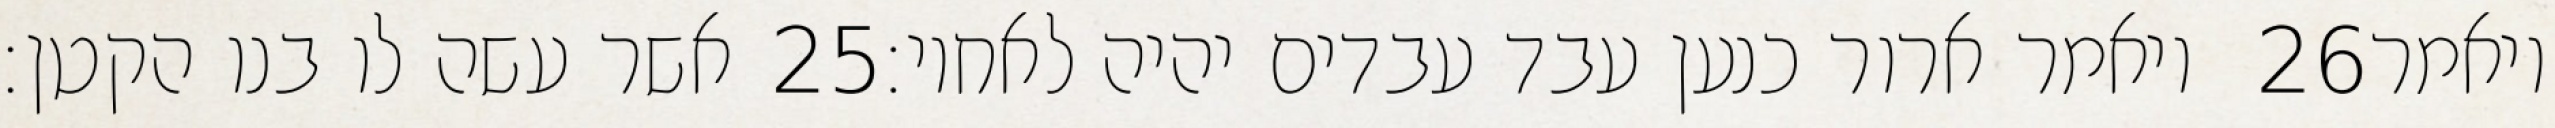
אשר עשה לו בנו הקטן׃ ‎25‏ ויאמר ארור כנען עבד עבדים יהיה לאחיו׃ ‎26‏ ויאמר